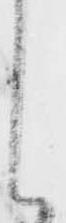
し